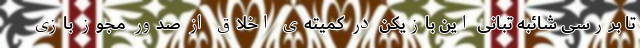
تا بررسی شائبه تبانی این بازیکن در کمیته‌ی اخلاق از صدور مجوز بازی